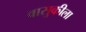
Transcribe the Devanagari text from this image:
वासुकीला